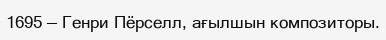
1695 — Генри Пёрселл, ағылшын композиторы.